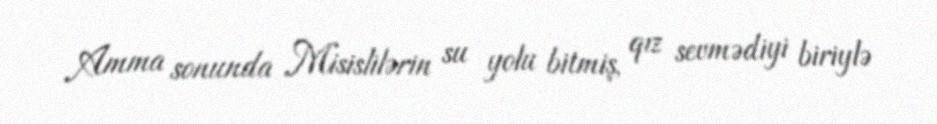
Amma sonunda Misislilərin su yolu bitmiş, qız sevmədiyi biriylə